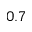
0 . 7